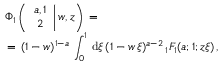
\begin{array} { l } { \displaystyle \Phi _ { 1 } \left( \left. \begin{array} { c } { a , 1 } \\ { 2 } \end{array} \right| w , z \right) \, = \, } \\ { \, = \, \displaystyle ( 1 - w ) ^ { 1 - a } \, \int _ { 0 } ^ { 1 } \, \mathrm { d } \xi \, ( 1 - w \, \xi ) ^ { a - 2 } \, { } _ { 1 } F _ { 1 } ( a ; 1 ; z \xi ) \, , } \end{array}